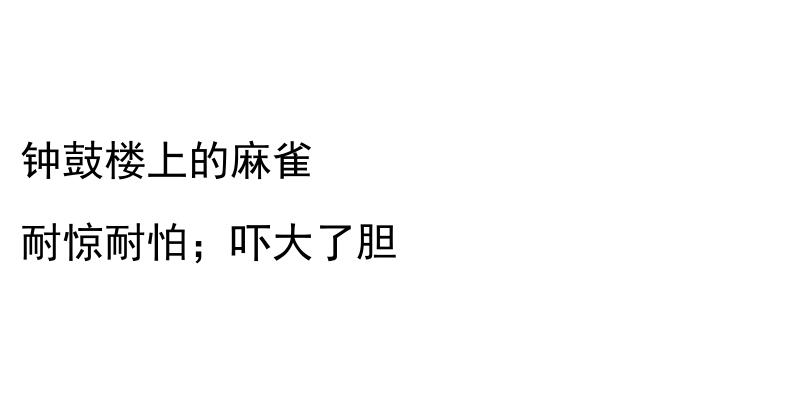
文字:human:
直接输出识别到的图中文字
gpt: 钟鼓楼上的麻雀 耐惊耐怕；吓大了胆